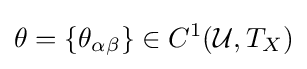
\theta =\{\theta _{\alpha \beta }\}\in C^{1}({\mathcal {U}},T_{X})